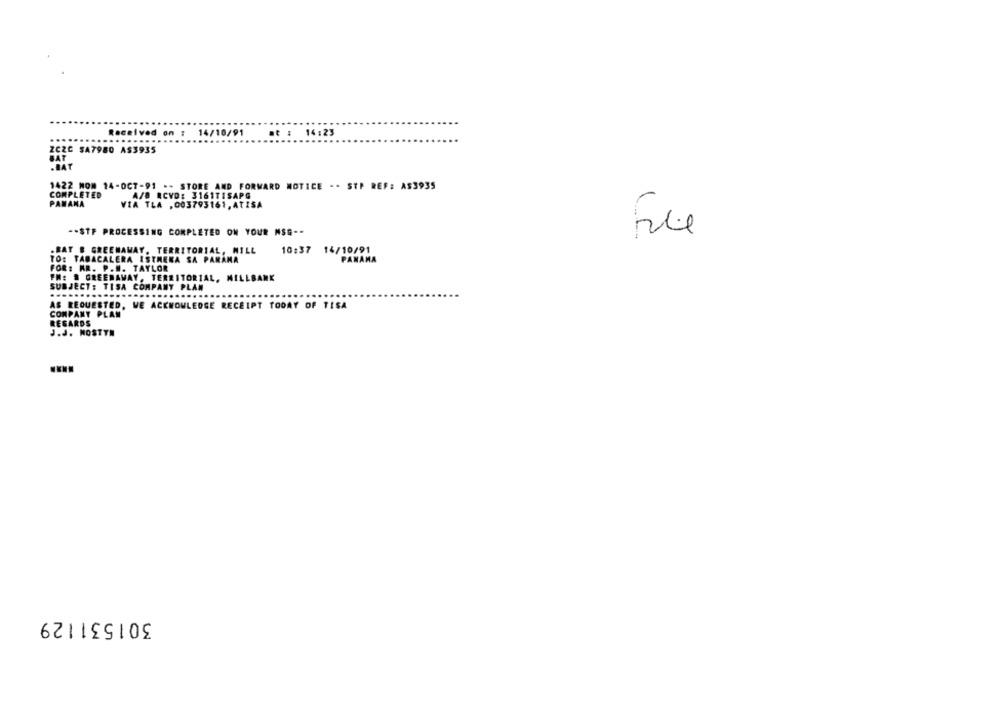
Received on : 14/10/91
at : 14:23
.....
ZCZC SA7980 AS3935
BAT
.BAT
1422 MON 14-OCT-91 -- STORE AND FORWARD NOTICE -- STP REF: AS3935
COMPLETED
A/B RCVD: 3161TISAPG
PANAMA
VIA TLA , 003793161, ATISA
-- STF PROCESSING COMPLETED ON YOUR NSE --
.BAT B GREENAWAY. TERRITORIAL, WILL
10:37 14/10/91
TO: TABACALERA ISTHENA SA PARANA
PANAMA
FOR: MR. P.W. TAYLOR
FM: # GREENAWAY, TERRITORIAL, MILLBANK
SUBJECT: TISA COMPANY PLAN
AS REQUESTED, WE ACKNOWLEDGE RECEIPT TODAY OF TISA
COMPANY PLAN
REGARDS
J.J. MOSTYN
301531129